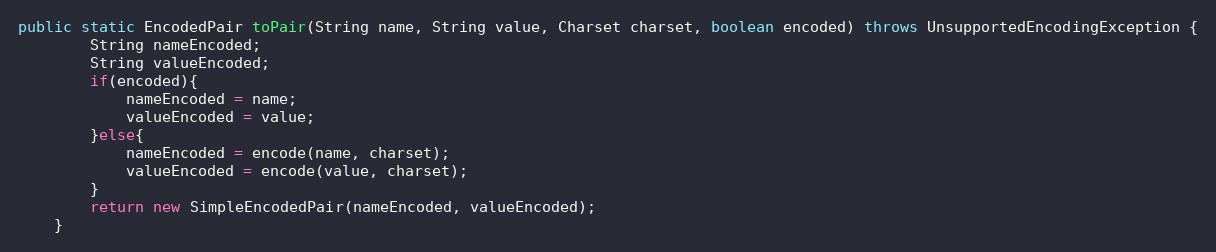
Language: Java
public static EncodedPair toPair(String name, String value, Charset charset, boolean encoded) throws UnsupportedEncodingException {
        String nameEncoded;
        String valueEncoded;
        if(encoded){
            nameEncoded = name;
            valueEncoded = value;
        }else{
            nameEncoded = encode(name, charset);
            valueEncoded = encode(value, charset);
        }
        return new SimpleEncodedPair(nameEncoded, valueEncoded);
    }